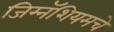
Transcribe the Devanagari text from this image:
जिम्नॅशियमचे